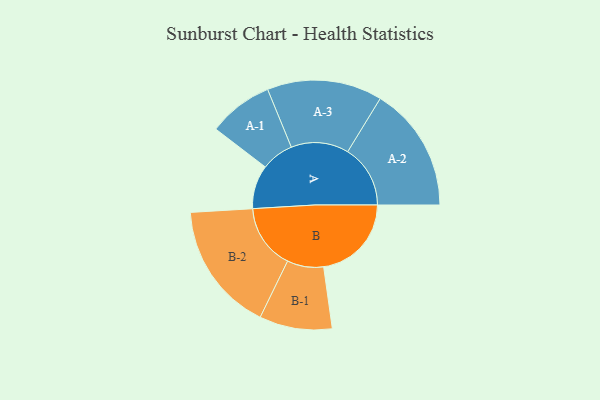
{"axis": {"x": "Segment", "y": "Value"}, "legend": ["", "A", "B"], "data": [{"x": "A", "y": 198, "type": ""}, {"x": "B", "y": 398, "type": ""}, {"x": "A-1", "y": 147, "type": "A"}, {"x": "A-2", "y": 284, "type": "A"}, {"x": "A-3", "y": 261, "type": "A"}, {"x": "B-1", "y": 165, "type": "B"}, {"x": "B-2", "y": 294, "type": "B"}]}